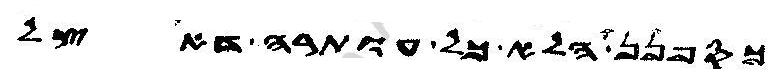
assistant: כספנן הלא כל עותרה דאצל